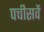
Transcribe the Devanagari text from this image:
पचीसवें